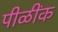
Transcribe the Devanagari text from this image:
पीळींक